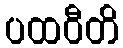
ပထဝီတိ